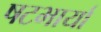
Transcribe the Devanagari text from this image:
षटभार्या